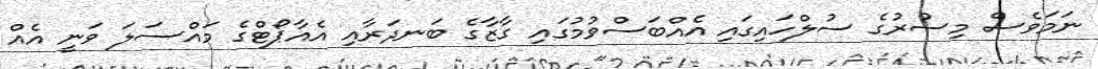
ނަމަވެސް މިސުރުގެ ސުލްހައިގައި އެެއްބަސްވުމުގައި ގާޒާގެ ބަނދަރާއި އެއާޕޯޓްގެ މައްސަލަ ވަނީ އެއް